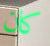
كان